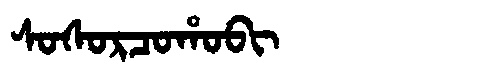
Manchu: ᠰᠣᠰᠣᡵᠴᠣᡥᠣᠪᡳ
Romanization: SOSORCOHOBI